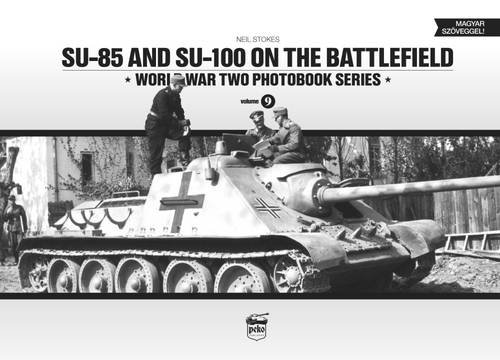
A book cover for SU-85 and SU-100 on the Battlefield; Neil Stokes; History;